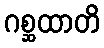
ဂစ္ဆထာတိ